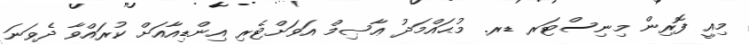
މިއީ ފޮރިން މިނިސްޓަރ ޑރ. މުޙައްމަދު ޢާޞިމް އަވަށްޓެރި އިންޑިއާއަށް ކުރައްވާ ދެވަނަ